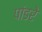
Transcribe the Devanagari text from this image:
पांडरे